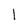
Character: 1